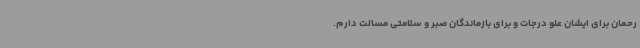
رحمان برای ایشان علو درجات و برای بازماندگان صبر و سلامتی مسالت دارم.